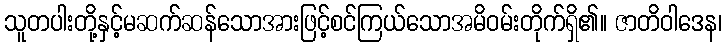
သူတပါးတို့နှင့်မဆက်ဆန်သောအားဖြင့်စင်ကြယ်သောအမိဝမ်းတိုက်ရှိ၏။ ဇာတိဝါဒေန၊